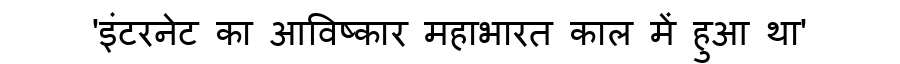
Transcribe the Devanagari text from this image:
'इंटरनेट का आविष्कार महाभारत काल में हुआ था'